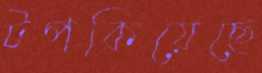
টপকিয়েছে